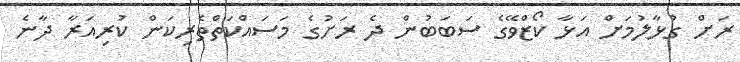
ރަށް ގުޅާލުމަށް އަޅާ ކޯޒްވޭގެ ސަބަބުން ދެ ރަށުގެ މަސައްކަތްތެރިކަން ކުރިއަރާ ދާނެ